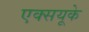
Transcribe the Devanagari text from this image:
एक्सयूके